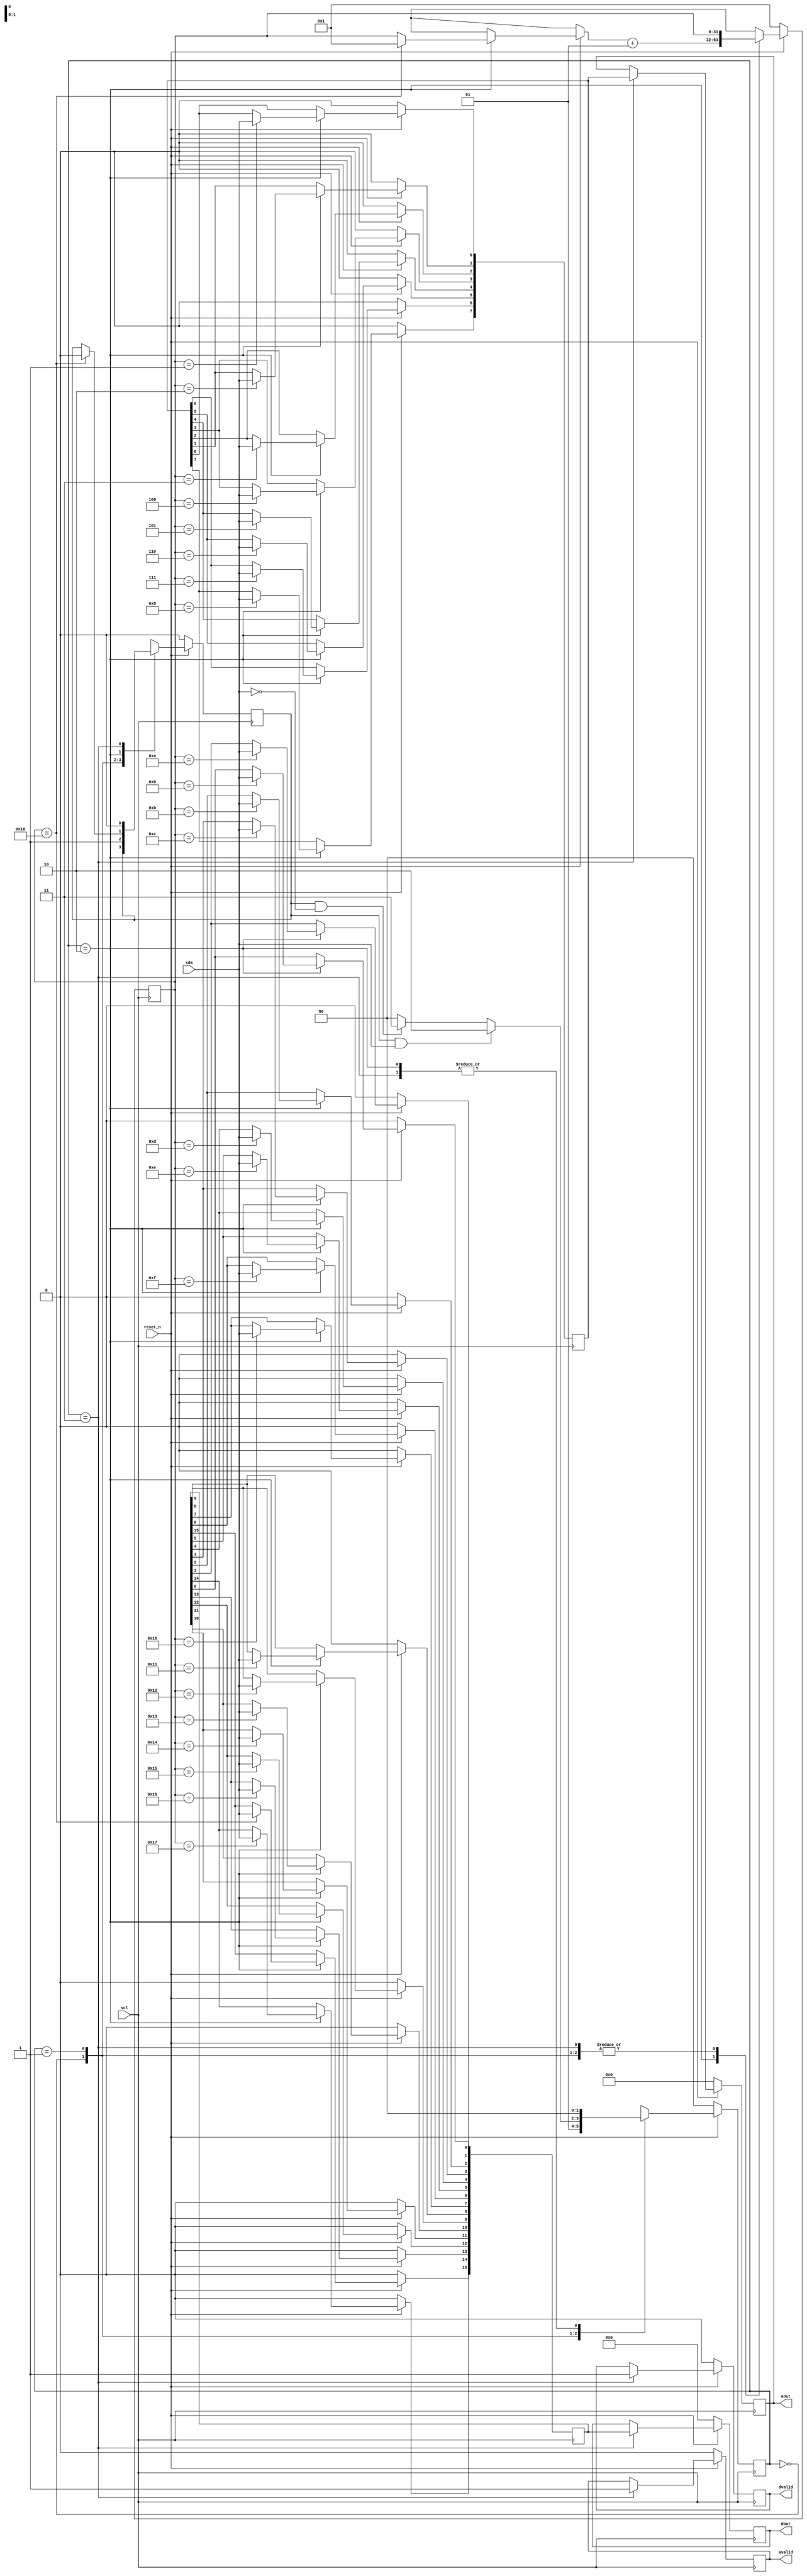
`timescale 1ns/10ps
module SDAM( reset_n, scl, sda, avalid, aout, dvalid, dout);
input       reset_n;//negative reset
input       scl; //clk
input       sda; //data and address and input enable

output reg avalid, dvalid; //avalid=address enable dvalid=dout enable
output reg [7:0]	aout;
output reg [15:0]	dout;
reg [15:0] wdata;
reg [7:0] waddr;
reg start,wonroff;
integer cnt;
reg [1:0] cs,ns;

parameter idle=2'b00;
parameter sdam=2'b01;
parameter w=2'b10;
parameter r=2'b11;

// ===== Coding your RTL below here ================================= 

//cs
always@(posedge scl)
begin
	if(reset_n==0) cs<=idle;
	else cs<=ns;
end
//ns
always@(*)
begin
	case(cs)
	idle:ns=sdam;
	sdam:ns=(start==1&&sda==1)?w:
		(start==1&&sda==0)?r:idle;
	w:ns=idle;
	r:ns=idle;
	default:ns=idle;
	endcase
end

//read or write
always@(posedge scl)
begin
	if(reset_n==0)
	begin
		cnt=1;	
		wonroff=0;
		start=0;
		waddr<=8'd0;
		wdata<=16'd0;
		dout<=16'd0;
		dvalid<=0;
		aout<=8'd0;
		avalid<=0;
	end
	else
	begin
		case(cs)
		idle:
		begin
			case(wonroff)
			0:
			begin
				waddr<=waddr;
				wdata<=wdata;
			end
			1:
			begin	
				dout<=dout;
				aout<=aout;
				dvalid<=dvalid;
				avalid<=avalid;
			end	
			endcase	
		end
		sdam:
		begin
			start=1;	
		end	
		w:
		begin
			case(cnt)
			1:waddr[0]<=sda; 
			2:waddr[1]<=sda;
			3:waddr[2]<=sda;
                        4:waddr[3]<=sda;
                        5:waddr[4]<=sda;
                        6:waddr[5]<=sda;
                        7:waddr[6]<=sda;
                        8:waddr[7]<=sda;
                        9:wdata[0]<=sda;
                        10:wdata[1]<=sda;
                        11:wdata[2]<=sda;
                        12:wdata[3]<=sda;
                        13:wdata[4]<=sda;
                        14:wdata[5]<=sda;
                        15:wdata[6]<=sda;
                        16:wdata[7]<=sda;
                        17:wdata[8]<=sda;
                        18:wdata[9]<=sda;
                        19:wdata[10]<=sda;
                        20:wdata[11]<=sda;
                        21:wdata[12]<=sda;
                        22:wdata[13]<=sda;
			23:wdata[14]<=sda;
			24:
			begin
				wdata[15]<=sda;
				start=0;
				cnt=1;
				wonroff=1;
			end
			endcase
			cnt=cnt+1;
		end
		r:
		begin
			dvalid<=1;
			avalid<=1;
			dout<=wdata;
			aout<=waddr;
			start=0;
			wonroff=0;
		end
		endcase	
	end
end
endmodule